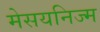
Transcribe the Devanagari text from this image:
मेसयनिज्म